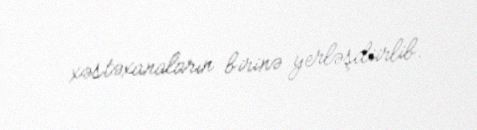
xəstəxanaların birinə yerləşdiirlib.